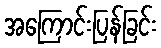
အကြောင်းပြန်ခြင်း